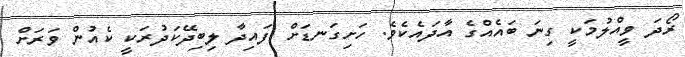
ރޯދަ ވީއްލުމަކީ ގިނަ ބައެއްގެ އާދައެކެވެ. ހަށިގަނޑަށް ފައިދާ ލިބިދޭކަދުރަކީ ކެއުން ވަރަށް